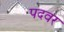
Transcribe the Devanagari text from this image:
पदवर